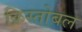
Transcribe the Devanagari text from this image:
क्रिस्तोबल